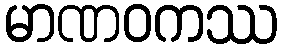
မာဏဝကဿ